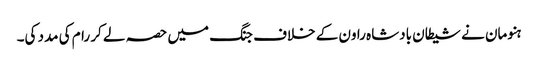
ہنومان نے شیطان بادشاہ راون کے خلاف جنگ میں حصہ لے کر رام کی مدد کی۔